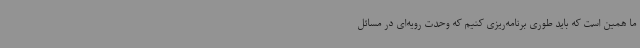
ما همین است که باید طوری برنامه‌ریزی کنیم که وحدت رویه‌ای در مسائل